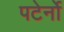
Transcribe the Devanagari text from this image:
पटेर्नो